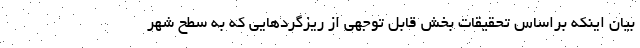
بیان اینکه براساس تحقیقات بخش قابل توجهی از ریزگردهایی که به سطح شهر